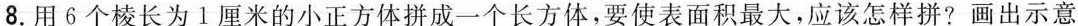
8.用6个棱长为Ⅰ厘米的小正方体拼成一个长方体，要使表面积最大，应该怎样拼?画出示意